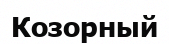
Козорный